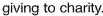
giving to charity.